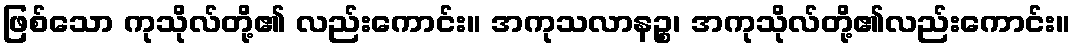
ဖြစ်သော ကုသိုလ်တို့၏ လည်းကောင်း။ အကုသလာနဉ္စ၊ အကုသိုလ်တို့၏လည်းကောင်း။